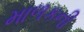
માળકની